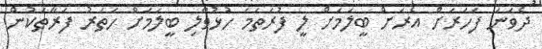
ދެވަނަ ފަހަރަށް އެރަށް ބީލަމަށް ލީ ފުރަތަމަ ހުޅުވާލި ބީލަމަށް ހަތަރު ފަރާތަކުން